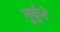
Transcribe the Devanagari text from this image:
मुर्कुटे